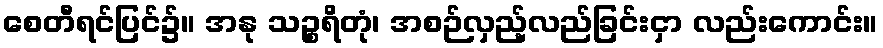
စေတီရင်ပြင်၌။ အနု သဉ္စရိတုံ၊ အစဉ်လှည့်လည်ခြင်းငှာ လည်းကောင်း။